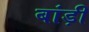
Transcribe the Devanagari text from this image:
बांड़ी